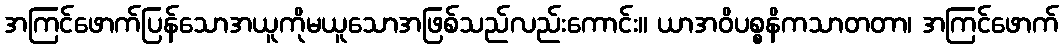
အကြင်ဖောက်ပြန်သောအယူကိုမယူသောအဖြစ်သည်လည်းကောင်း။ ယာအဝိပစ္စနိကသာတတာ၊ အကြင်ဖောက်